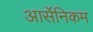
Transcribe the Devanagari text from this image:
आर्सेनिकम